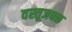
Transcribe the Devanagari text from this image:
वस्तूजवळ